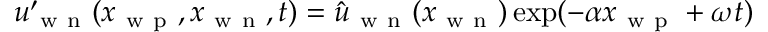
u _ { \mathrm { ~ w ~ n ~ } } ^ { \prime } ( x _ { \mathrm { ~ w ~ p ~ } } , x _ { \mathrm { ~ w ~ n ~ } } , t ) = \hat { u } _ { \mathrm { ~ w ~ n ~ } } ( x _ { \mathrm { ~ w ~ n ~ } } ) \exp ( - \alpha x _ { \mathrm { ~ w ~ p ~ } } + \omega t )